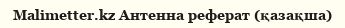
Malimetter.kz Антенна реферат (қазақша)